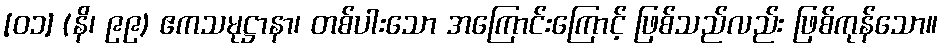
[၀၁] (နိ၊ ၉၉) ဧကသမုဋ္ဌာနာ၊ တစ်ပါးသော အကြောင်းကြောင့် ဖြစ်သည်လည်း ဖြစ်ကုန်သော။